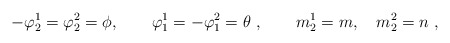
\begin{align*}-\varphi_2^1 = \varphi_2^2 = \phi, \qquad \varphi_1^1= -\varphi_1^2= \theta~,\qquad m_2^1=m, \quad m_2^2 = n~,\end{align*}